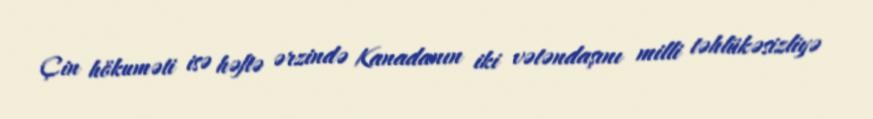
Çin hökuməti isə həftə ərzində Kanadanın iki vətəndaşını milli təhlükəsizliyə